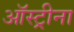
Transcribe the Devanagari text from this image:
ऑस्ट्रीना